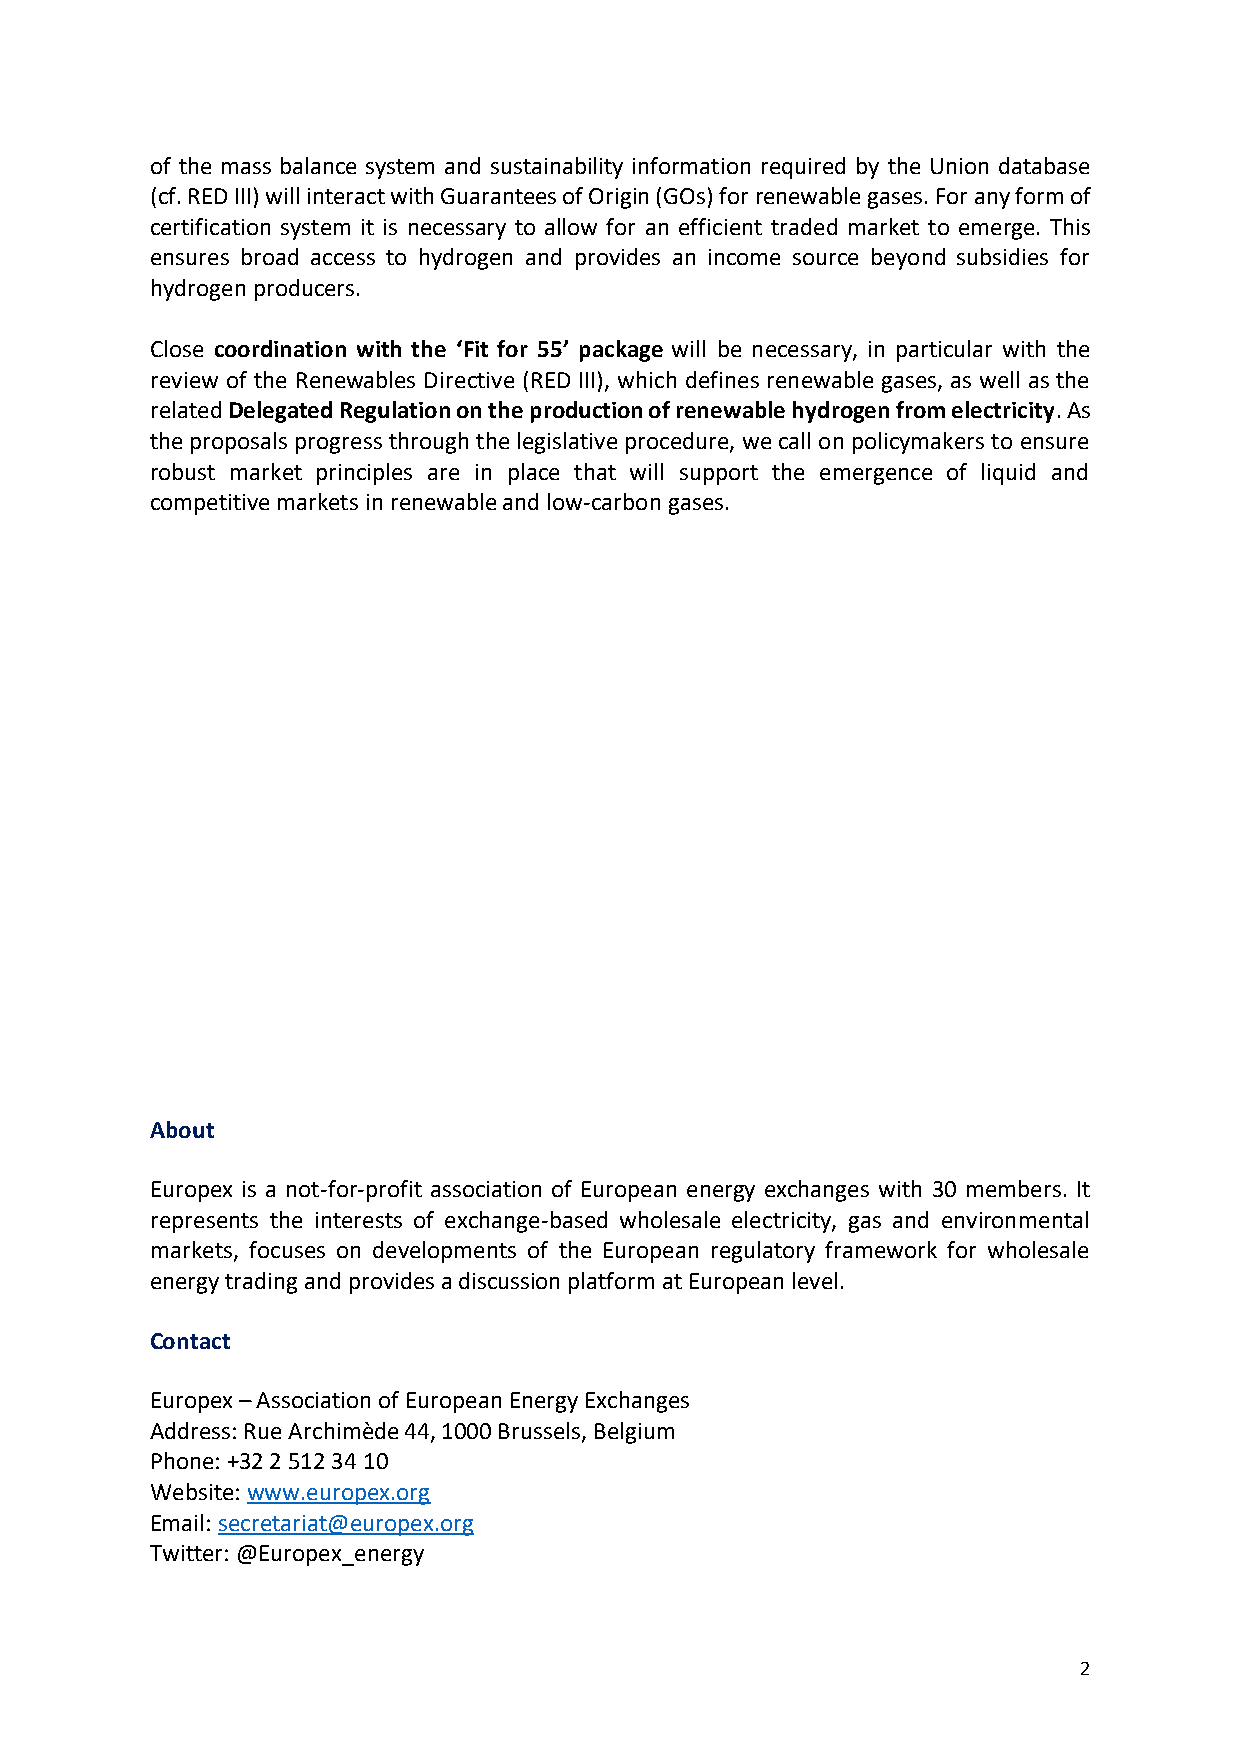
of the mass balance system and sustainability information required by the Union database
 (cf. RED III) will interact with Guarantees of Origin (GOs) for renewable gases. For any form of
 certification system it is necessary to allow for an efficient traded market to emerge. This
 ensures broad access to hydrogen and provides an income source beyond subsidies for
 hydrogen producers.
 Close coordination with the ‘Fit for 55’ package will be necessary, in particular with the
 review of the Renewables Directive (RED III), which defines renewable gases, as well as the
 related Delegated Regulation on the production of renewable hydrogen from electricity. As
 the proposals progress through the legislative procedure, we call on policymakers to ensure
 robust market principles are in place that will support the emergence of liquid and
 competitive markets in renewable and low-carbon gases.
 About
 Europex is a not-for-profit association of European energy exchanges with 30 members. It
 represents the interests of exchange-based wholesale electricity, gas and environmental
 markets, focuses on developments of the European regulatory framework for wholesale
 energy trading and provides a discussion platform at European level.
 Contact
 Europex – Association of European Energy Exchanges
 Address: Rue Archimède 44, 1000 Brussels, Belgium
 Phone: +32 2 512 34 10
 Website: www.europex.org
 Email: secretariat@europex.org
 Twitter: @Europex_energy
 2